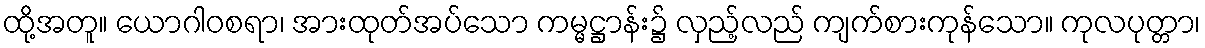
ထို့အတူ။ ယောဂါဝစရာ၊ အားထုတ်အပ်သော ကမ္မဋ္ဌာန်း၌ လှည့်လည် ကျက်စားကုန်သော။ ကုလပုတ္တာ၊